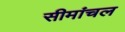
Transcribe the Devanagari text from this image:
सीमांचल